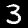
Label: 3